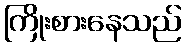
ကြိုးစားနေသည်